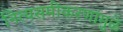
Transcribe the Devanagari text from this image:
नित्यसमीकरणांमुळे